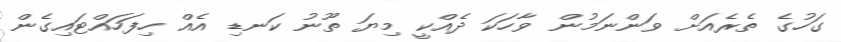
ގަހުގެ ތެރެއަށް ވަންނަމުން ވާހަކަ ދެއްކީ މިޔަ ތޫނު ކަނޑި އެއް ހިފަހައްޓައިގެން